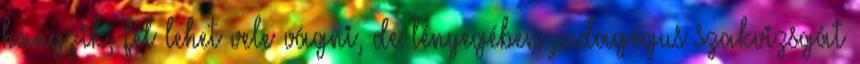
hangzik, fel lehet vele vágni, de lényegében pedagógus szakvizsgát